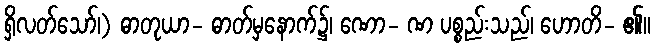
ရှိလတ်သော်၊) ဓာတုယာ- ဓာတ်မှနောက်၌၊ ဏော- ဏ ပစ္စည်းသည်၊ ဟောတိ- ၏။